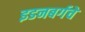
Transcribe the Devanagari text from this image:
इडनबर्गचे